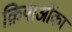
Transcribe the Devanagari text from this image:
क्रियाओंका